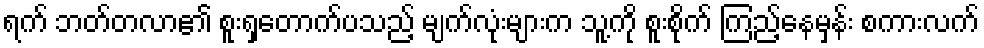
ရက် ဘတ်တလာ၏ စူးရှတောက်ပသည့် မျက်လုံးများက သူ့ကို စူးစိုက် ကြည့်နေမှန်း စကားလက်